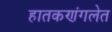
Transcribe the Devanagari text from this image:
हातकणंगलेत